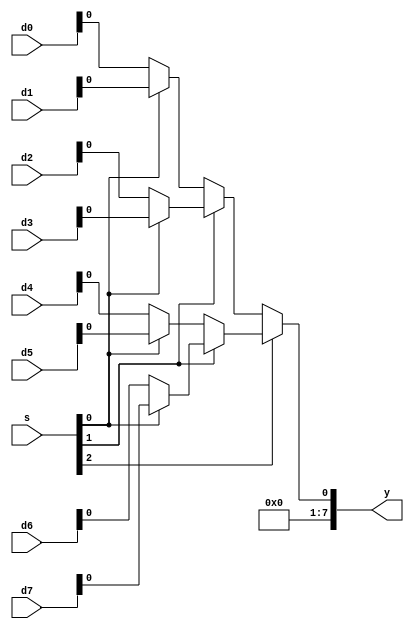
// This program was cloned from: https://github.com/siliconcompiler/scgallery
// License: Apache License 2.0


module mux8
#(
  parameter WIDTH = 8
)
(
  input  wire [WIDTH-1:0] d0,
  input  wire [WIDTH-1:0] d1,
  input  wire [WIDTH-1:0] d2,
  input  wire [WIDTH-1:0] d3,
  input  wire [WIDTH-1:0] d4,
  input  wire [WIDTH-1:0] d5,
  input  wire [WIDTH-1:0] d6,
  input  wire [WIDTH-1:0] d7,
  input  wire [2:0]       s, 
  output wire [WIDTH-1:0] y
);

wire y0;
wire y1;
   
assign y0 = s[1] ? (s[0] ? d3 : d2) : (s[0] ? d1 : d0);
assign y1 = s[1] ? (s[0] ? d7 : d6) : (s[0] ? d5 : d4);
assign y  = s[2] ? y1 : y0;

endmodule // mux4